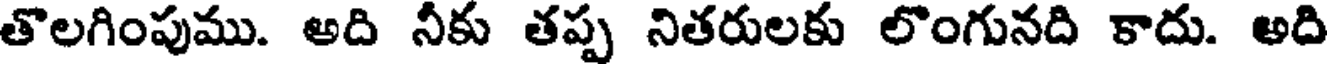
తొలగింపుము. అది నీకు తప్ప నితరులకు లొంగునది కాదు. అది